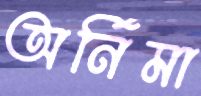
অর্নিমা